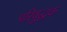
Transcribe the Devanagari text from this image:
परियुद्धक